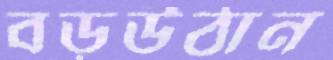
বড়উঠান